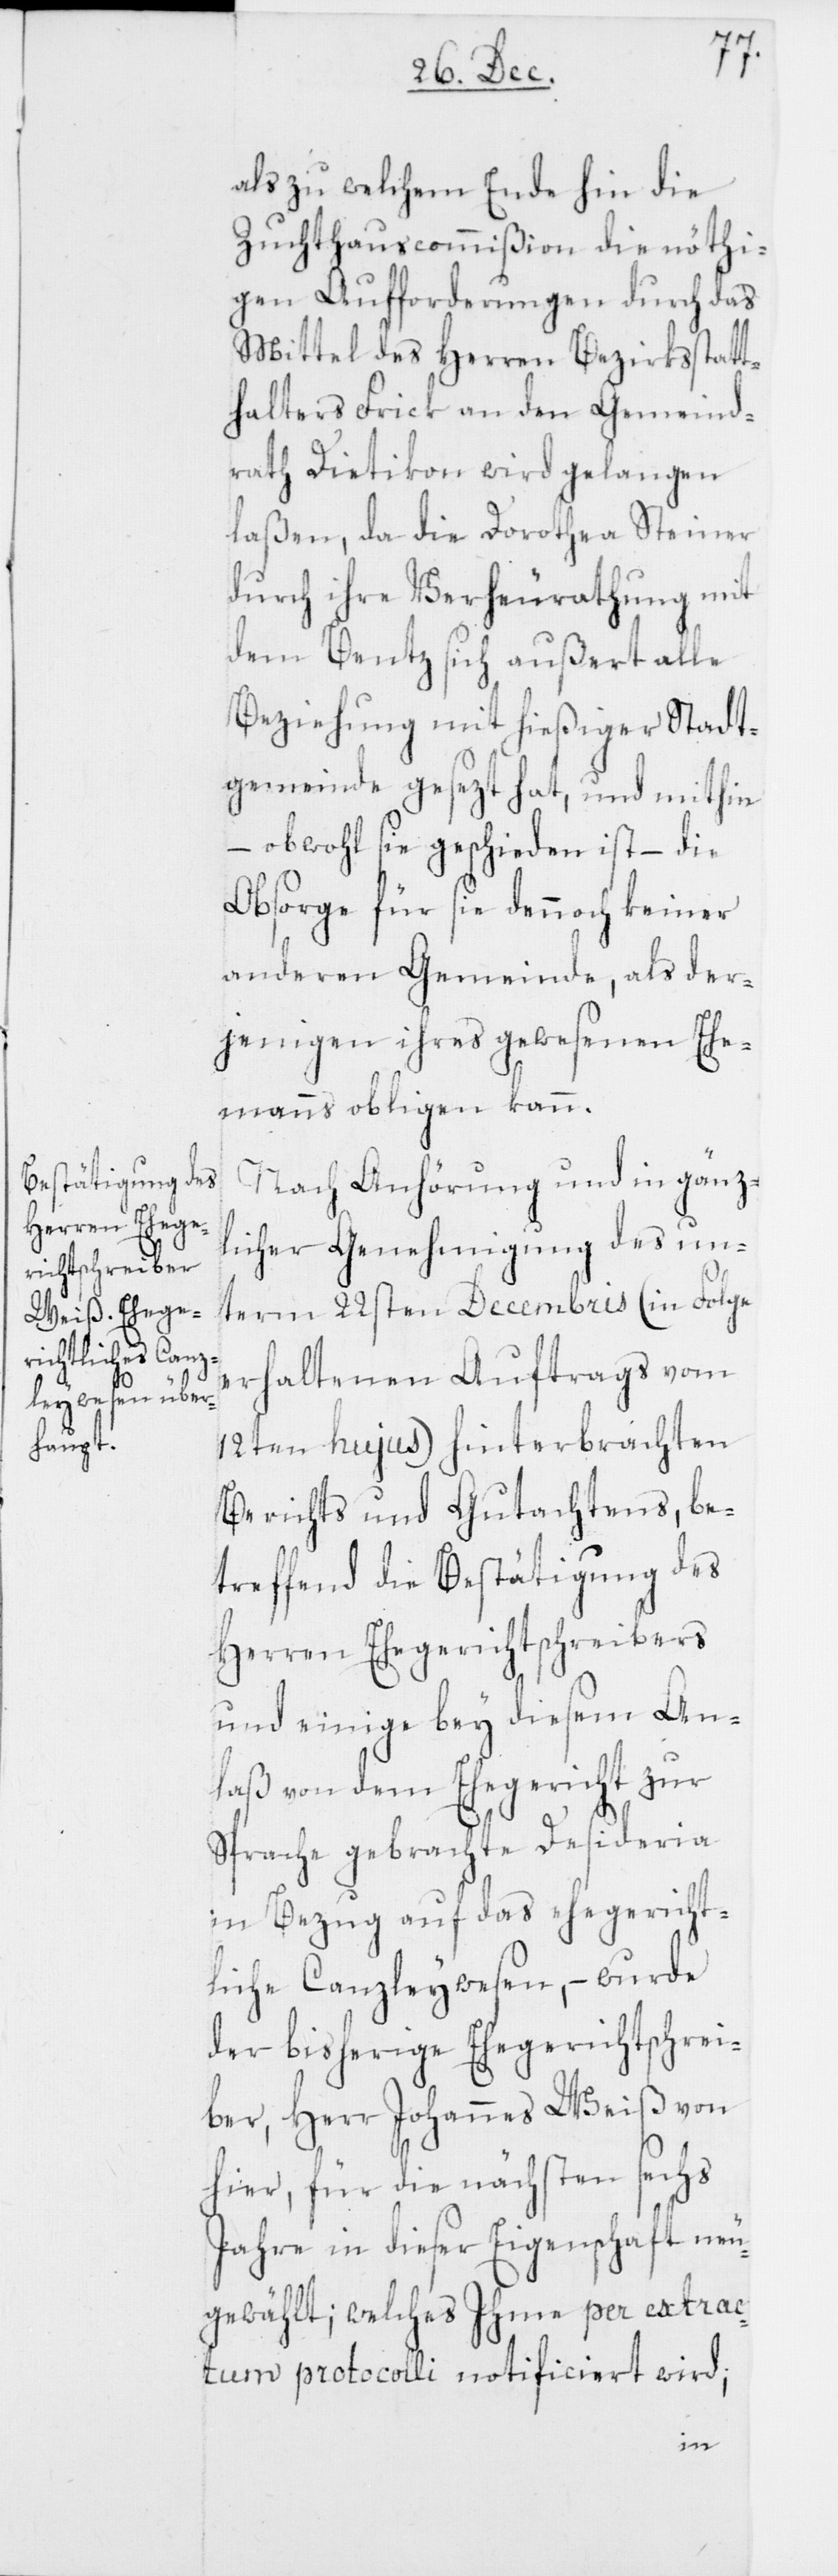
als zu welchem Ende hin die
Zuchthauscommißion die nöthi¬
gen Aufforderungen durch das
Mittel des Herren Bezirksstatt¬
halters Frick an den Gemeind¬
rath Dietikon wird gelangen
laßen, da die Dorothea Steiner
durch ihre Verheurathung mit
dem Bentz sich außert alle
Beziehung mit hießiger Stadt¬
gemeinde gesezt hat, und mithin
– obwohl sie geschieden ist – die
Obsorge für sie dennoch keiner
anderen Gemeinde, als der¬
jenigen ihres gewesenen Ehe¬
manns obligen kann.
Nach Anhörung und in gänz¬
licher Genehmigung des un¬
term 22sten Decembris (in Folge
erhaltenen Auftrags vom
12ten hujus) hinterbrachten
Berichts und Gutachtens, be¬
treffend die Bestätigung des
Herren Ehegerichtschreibers
und einige bey diesem An¬
laß von dem Ehegericht zur
Sprache gebrachte Desideria
in Bezug auf das ehegericht¬
liche Canzleywesen, – wurde
der bisherige Ehegerichtschrei¬
ber, Herr Johannes Weiß von
hier, für die nächsten sechs
Jahre in dieser Eigenschaft neu¬
gewählt; welches Ihme per extrac¬
tum protocolli notificiert wird;